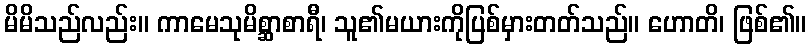
မိမိသည်လည်း။ ကာမေသုမိစ္ဆာစာရီ၊ သူ၏မယားကိုပြစ်မှားတတ်သည်။ ဟောတိ၊ ဖြစ်၏။